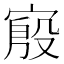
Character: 𫳪